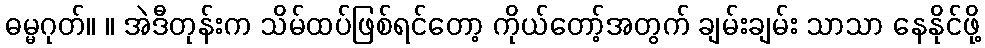
ဓမ္မဂုတ်။ ။ အဲဒီတုန်းက သိမ်ထပ်ဖြစ်ရင်တော့ ကိုယ်တော့်အတွက် ချမ်းချမ်း သာသာ နေနိုင်ဖို့